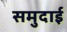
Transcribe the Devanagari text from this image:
समुदाई